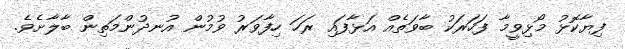
ފިޔާކޮޅު މޯޅިވީމާ ފަހަރަކު ބާވަތެއް އަޅާފައި ރަހަ ހިފާވަރު ވުމުން އުނދުންމަތިން ބާލާށެވެ.